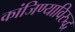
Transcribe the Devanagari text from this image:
कांजिण्याविरुद्ध